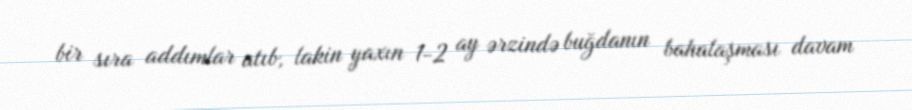
bir sıra addımlar atıb, lakin yaxın 1-2 ay ərzində buğdanın bahalaşması davam